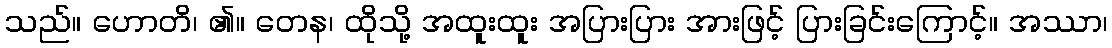
သည်။ ဟောတိ၊ ၏။ တေန၊ ထိုသို့ အထူးထူး အပြားပြား အားဖြင့် ပြားခြင်းကြောင့်။ အဿာ၊